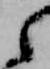
之